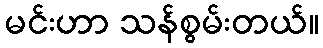
မင်းဟာ သန်စွမ်းတယ်။